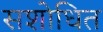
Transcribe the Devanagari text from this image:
सशोधित